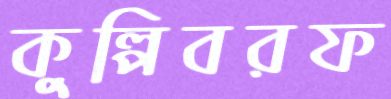
কুল্‌পিবরফ